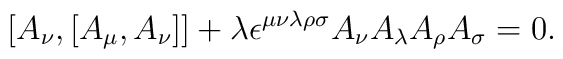
[A_{\nu},[A_{\mu},A_{\nu}]] +\lambda\epsilon^{\mu\nu\lambda\rho\sigma}A_{\nu}A_{\lambda}A_{\rho}A_{\sigma}=0.